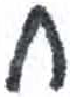
אות: ח